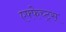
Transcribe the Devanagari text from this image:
एफ्फेच्ट्स